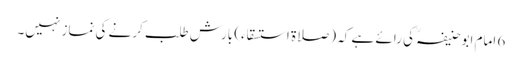
6 امام ابوحنیفہؒ کی رائے ہے کہ (صلاۃ استسقاء) بارش طلب کرنے کی نماز نہیں۔